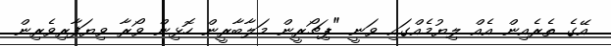
އޭގެ ތެރެއިން އެއް ލިޔުމެއްގައި ވަނީ "ޕިޗޯރީން މަލާބާރީން ހޮޅިން ވޯރާ ވިޔަފާރިވެރިން